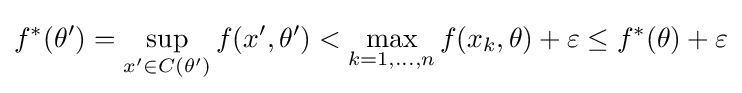
f^{*}(\theta ')=\sup _{x'\in C(\theta ')}f(x',\theta ')<\max _{k=1,\dots ,n}f(x_{k},\theta )+\varepsilon \leq f^{*}(\theta )+\varepsilon